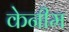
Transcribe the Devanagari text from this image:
केनीम